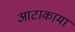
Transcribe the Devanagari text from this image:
आटाकामा